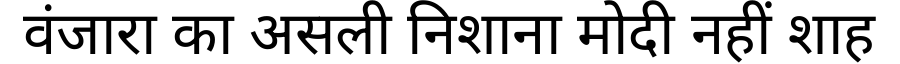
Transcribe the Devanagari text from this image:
वंजारा का असली निशाना मोदी नहीं शाह